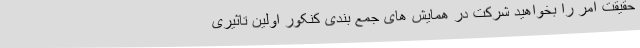
حقیقت امر را بخواهید شرکت در همایش های جمع بندی کنکور اولین تاثیری